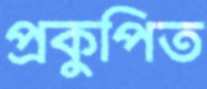
প্রকুপিত